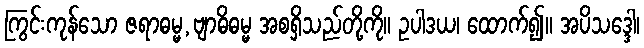
ကြွင်းကုန်သော ဇရာဓမ္မ,ဗျာဓိဓမ္မ အစရှိသည်တို့ကို။ ဥပါဒယ၊ ထောက်၍။ အပိသဒ္ဒေါ၊